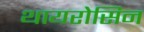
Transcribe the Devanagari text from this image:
थायरोसिन